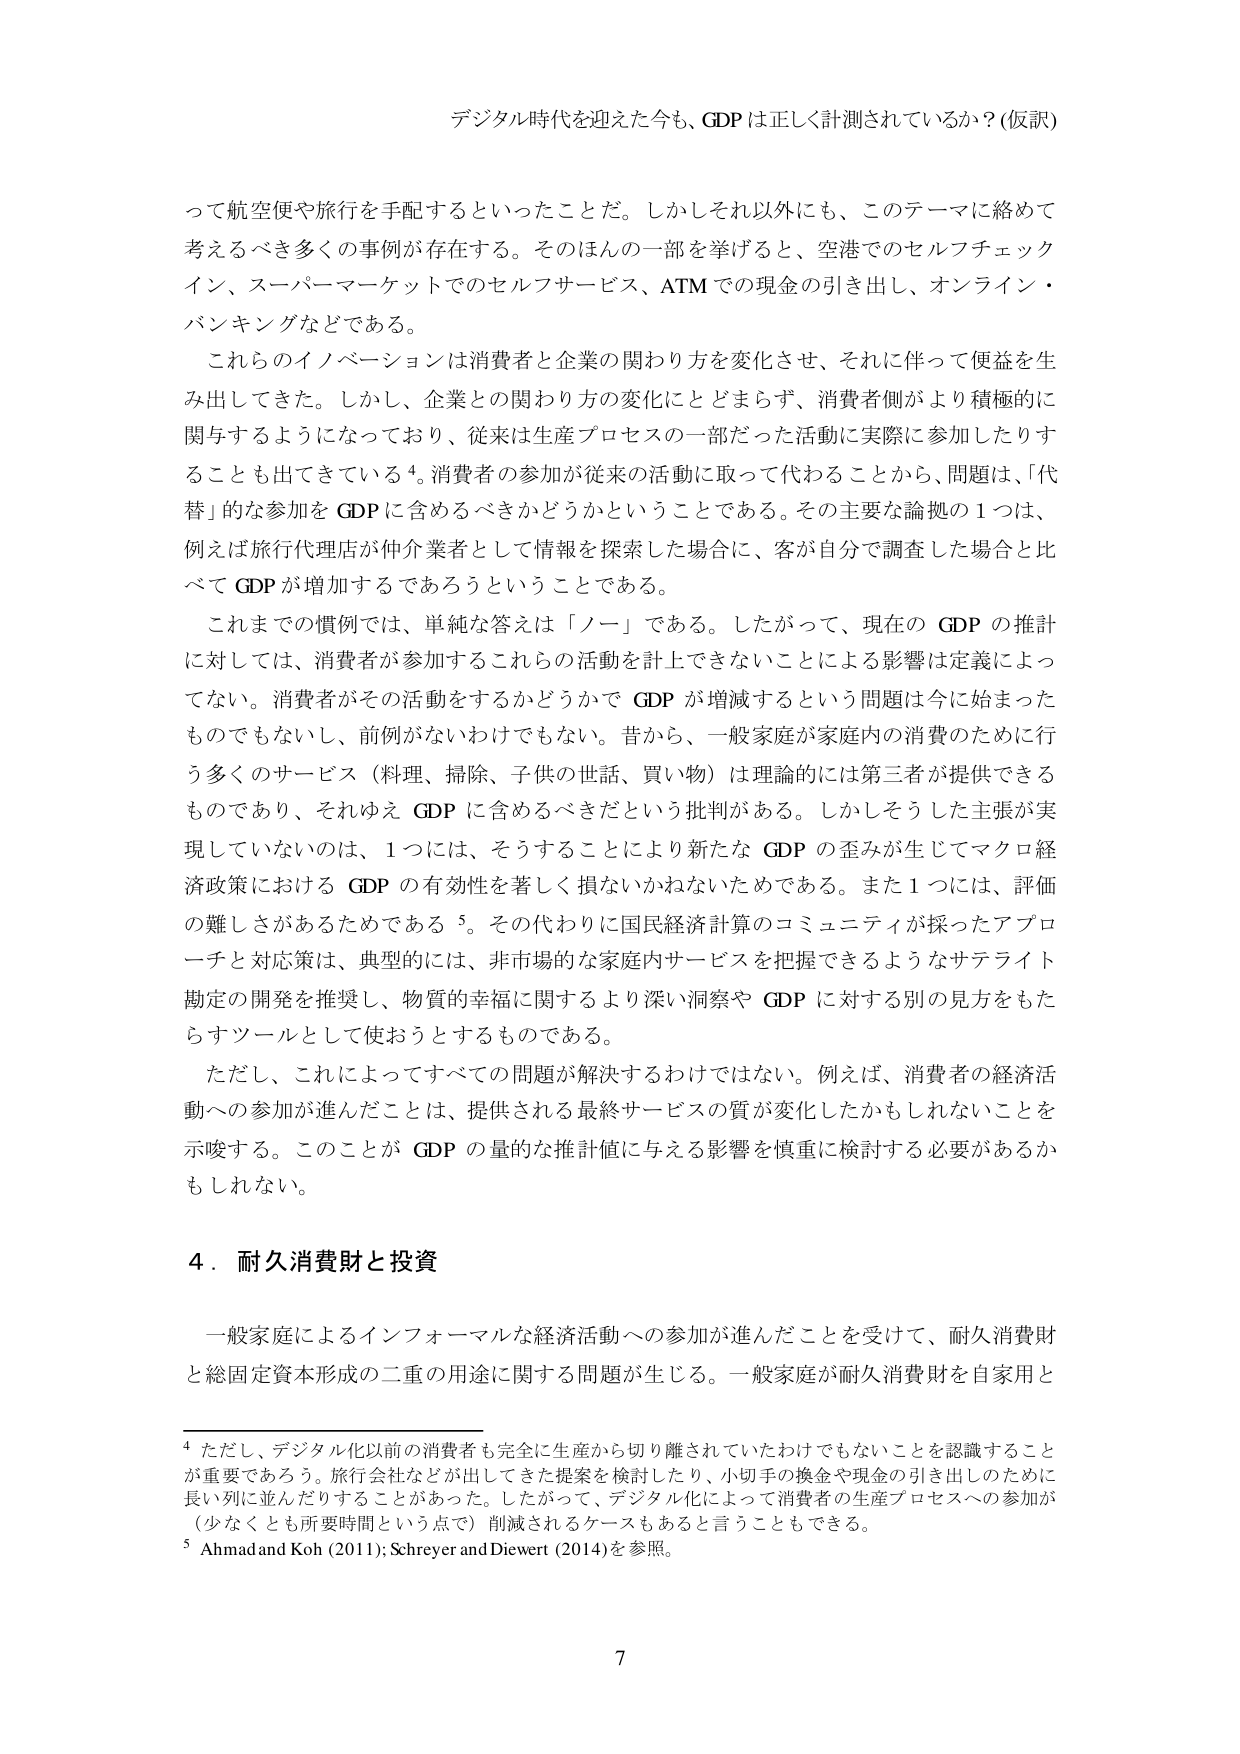
デジタル時代を迎えた今も、GDPは正しく計測されているか？(仮訳)

って航空便や旅行を手配するといったことだ。しかしそれ以外にも、このテーマに絡めて考えるべき多くの事例が存在する。そのほんの一部を挙げると、空港でのセルフチェックイン、スーパーマーケットでのセルフサービス、ATMでの現金の引き出し、オンライン・バンキングなどである。

これらのイノベーションは消費者と企業の関わり方を変化させ、それに伴って便益を生み出してきた。しかし、企業との関わり方の変化にとどまらず、消費者側がより積極的に関与するようになっており、従来は生産プロセスの一部だった活動に実際に参加したりすることも出てきている⁴。消費者の参加が従来の活動に取って代わることから、問題は、「代替」的な参加をGDPに含めるべきかどうかということである。その主要な論拠の1つは、例えば旅行代理店が仲介業者として情報を探索した場合に、客が自分で調査した場合と比べてGDPが増加するであろうということである。

これまでの慣例では、単純な答えは「ノー」である。したがって、現在のGDPの推計に対しては、消費者が参加するこれらの活動を計上できないことによる影響は定義によらない。消費者がその活動をするかどうかでGDPが増減するという問題は今に始まったものでもないし、前例がないわけでもない。昔から、一般家庭が家庭内の消費のために行う多くのサービス（料理、掃除、子供の世話、買い物）は理論的には第三者が提供できるものであり、それゆえGDPに含めるべきだという批判がある。しかしそうした主張が実現していないのは、1つには、そうすることにより新たなGDPの歪みが生じてマクロ経済政策におけるGDPの有効性を著しく損ないかねないためである。また1つには、評価の難しさがあるためである⁵。その代わりに国民経済計算のコミュニティが採ったアプローチと対応策は、典型的には、非市場的な家庭内サービスを把握できるようなサテライト勘定の開発を推奨し、物質的幸福に関するより深い洞察やGDPに対する別の見方をもたらすツールとして使おうとするものである。

ただし、これによってすべての問題が解決するわけではない。例えば、消費者の経済活動への参加が進んだことは、提供される最終サービスの質が変化したかもしれないことを示唆する。このことがGDPの量的な推計値に与える影響を慎重に検討する必要があるかもしれない。

4．耐久消費財と投資

一般家庭によるインフォーマルな経済活動への参加が進んだことを受けて、耐久消費財と総固定資本形成の二重の用途に関する問題が生じる。一般家庭が耐久消費財を自家用と

⁴ ただし、デジタル化以前の消費者も完全に生産から切り離されていたわけではないことを認識することが重要であろう。旅行会社などが出てきた提案を検討したり、小切手の換金や現金の引き出しのために長行列に並んだりすることがあった。したがって、デジタル化によって消費者の生産プロセスへの参加が（少なくとも所要時間という点で）削減されるケースもあると言うこともできる。

⁵ Ahmad and Koh (2011); Schreyer and Diewert (2014)を参照。

7